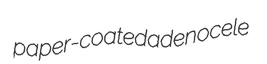
paper-coated adenocele